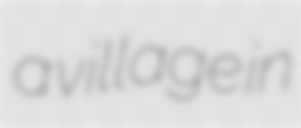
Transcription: a village in